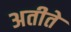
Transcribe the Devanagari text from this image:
अतीते